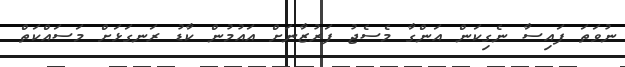
ނުވަތަ ފައިސާ ނެގިކަން އަންގާ މެސެޖު ފަރުޒާނަށް އައުމުން ކާޑު ރަނގަޅަށް މަސައްކަތް